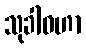
သုခါဝဟာ